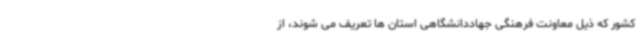
کشور که ذیل معاونت فرهنگی جهاددانشگاهی استان ها تعریف می شوند، از